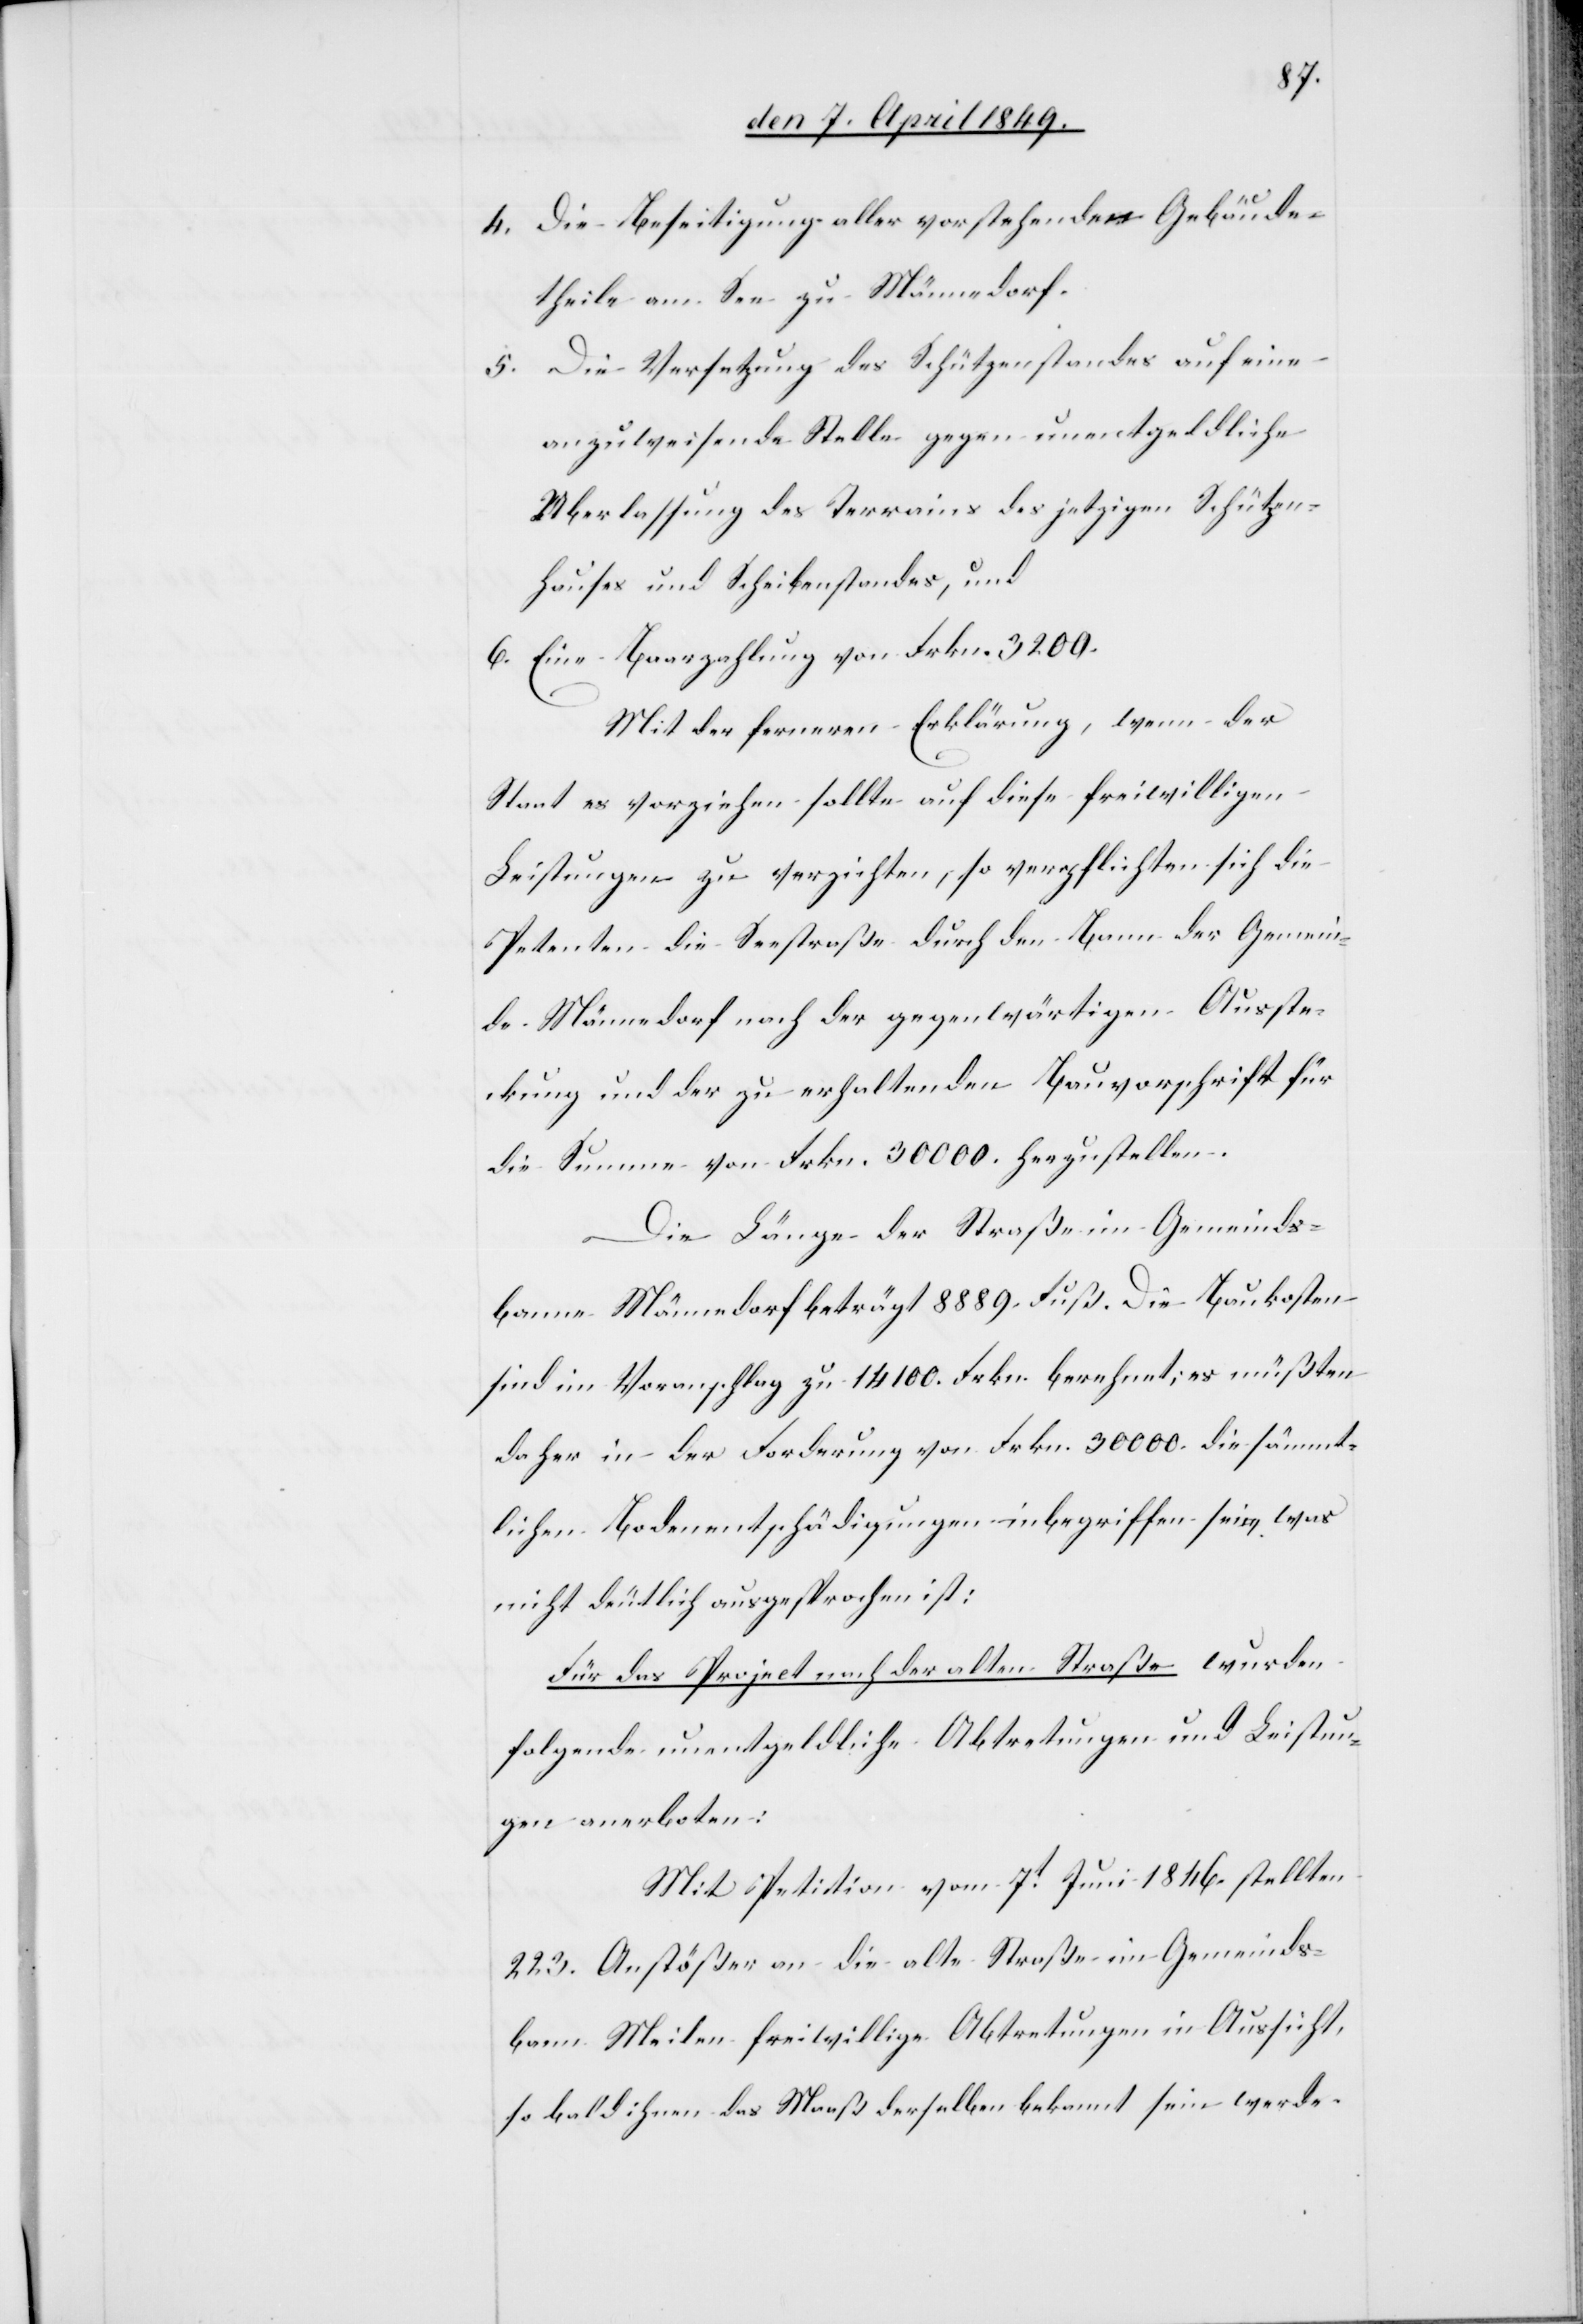
4. Die Beseitigung aller vorstehenden Gebäude¬
theile am See zu Männedorf.
5. Die Versetzung des Schützenstandes auf eine
anzuweisende Stelle gegen unentgeldliche
Uberlassung des Terrains des jetzigen Schützen¬
hauses und Scheibenstandes, und
6. Eine Baarzahlung von Frkn. 3200.
Mit der ferneren Erklärung, wenn der
Staat es vorziehen sollte auf diese freiwilligen
Leistungen zu verzichten, so verpflichten sich die
Petenten die Seestraße durch den Bann der Gemein¬
de Männedorf nach der gegenwärtigen Ausste¬
ckung und der zu erhaltenden Bauvorschrift für
die Summe von Frkn. 30 000. herzustellen.
Die Länge der Straße im Gemeinds¬
banne Männedorf beträgt 8 889. Fuß. Die Baukosten
sind im Voranschlag zu 14 100. Frkn. berechnet; es müßten
daher in der Forderung von Frkn. 30 000. die sämmt¬
lichen Bodenentschädigungen inbegriffen sein was
nicht deutlich ausgesprochen ist:
Für das Project nach der alten Straße wurden
folgende unentgeldliche Abtretungen und Leistun¬
gen anerboten:
Mit Petition vom 7t Juni 1846. stellten
223. Anstößer an die alte Straße im Gemeinds¬
bann Meilen freiwillige Abtretungen in Aussicht,
so bald ihnen das Maaß derselben bekannt sein werde.